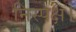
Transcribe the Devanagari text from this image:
निस्पक्ष।